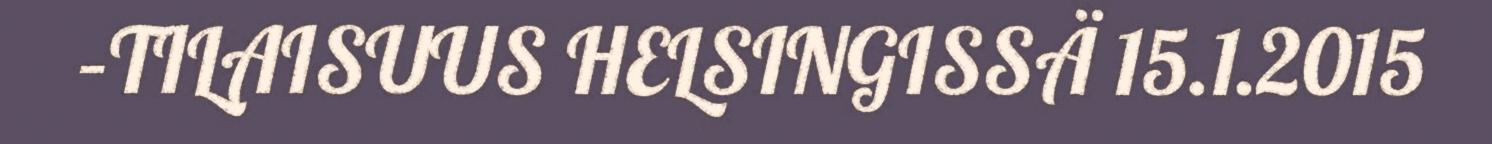
–TILAISUUS HELSINGISSÄ 15.1.2015